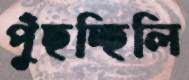
পুঁছচ্ছিলি